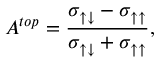
A ^ { t o p } = { \frac { \sigma _ { \uparrow \downarrow } - \sigma _ { \uparrow \uparrow } } { \sigma _ { \uparrow \downarrow } + \sigma _ { \uparrow \uparrow } } } ,